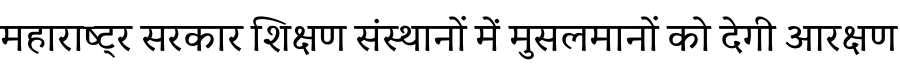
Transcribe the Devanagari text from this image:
महाराष्ट्र सरकार शिक्षण संस्थानों में मुसलमानों को देगी आरक्षण